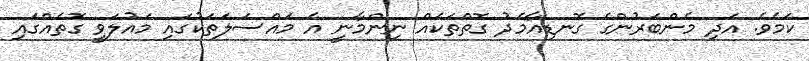
ކަމެވެ. އަދި މެންބަރުންގެ ގޮނޑިއާމެދު ގޮތްތަކެއް ނިންމާނީ އެ މައްސަލަތަކުގައި މައުލަވީ ގޮތެއްގައި